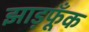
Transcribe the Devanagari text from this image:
झाड़फूँक